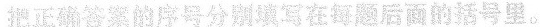
把正确答案的序号分别填写在每题后面的括号里。